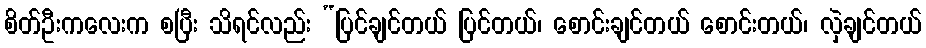
စိတ်ဦးကလေးက စပြီး သိရင်လည်း “ပြင်ချင်တယ် ပြင်တယ်၊ စောင်းချင်တယ် စောင်းတယ်၊ လှဲချင်တယ်